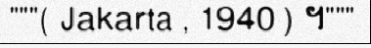
"""( Jakarta , 1940) ។"""